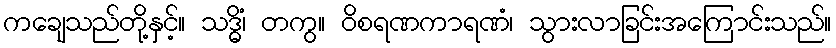
ကချေသည်တို့နှင့်။ သဒ္ဓိံ၊ တကွ။ ဝိစရဏကာရဏံ၊ သွားလာခြင်းအကြောင်းသည်။